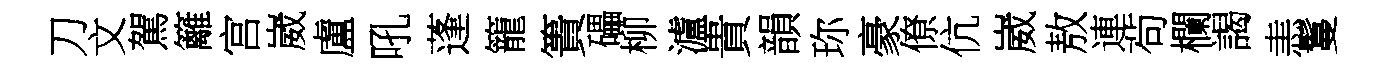
刀文駕籬宫崴盧吼蓬籠簣礧柳瀘貴韻珎豪僚伉崴敖連茍欄謁恚鬘